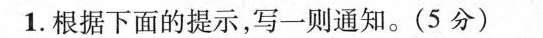
1.根据下面的提示，写一则通知。(5分)